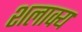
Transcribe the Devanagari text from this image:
शलाक्य